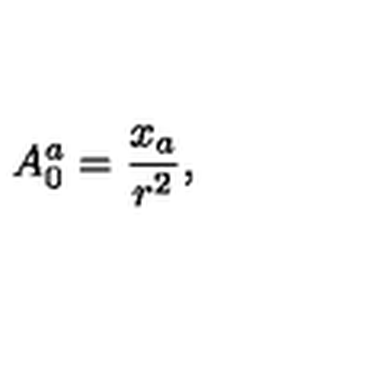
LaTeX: A _ { 0 } ^ { a } = \frac { x _ { a } } { r ^ { 2 } } ,